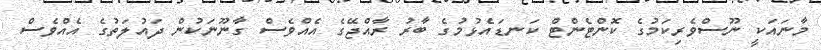
މާނައަކީ ނޫސްވެރިކަމުގެ ކޮންޓެންޓް ކަނޑައެޅުމުގެ ބާރު ރާއްޖޭގެ އެއްވެސް ގާނޫނަކުން ދައުލަތުގެ އެއްވެސް